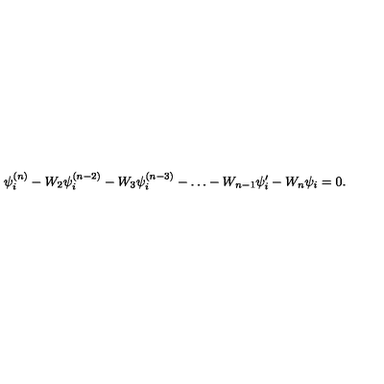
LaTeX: \psi _ { i } ^ { ( n ) } - W _ { 2 } \psi _ { i } ^ { ( n - 2 ) } - W _ { 3 } \psi _ { i } ^ { ( n - 3 ) } - \dots - W _ { n - 1 } \psi _ { i } ^ { \prime } - W _ { n } \psi _ { i } = 0 .